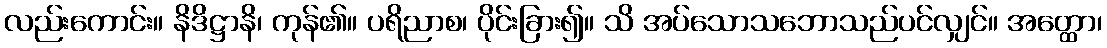
လည်းကောင်း။ နိဒိဋ္ဌာနိ၊ ကုန်၏။ ပရိညာစ၊ ပိုင်းခြား၍။ သိ အပ်သောသဘောသည်ပင်လျှင်။ အတ္ထော၊